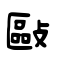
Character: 敺